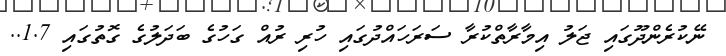
ނޭކުރެންދޫގައި ޖަލު އިމާރާތްކުރާ ސަރަހައްދުގައި ހުރި ރުއް ގަހުގެ ބަދަލުގެ ގޮތުގައި 1.7..